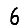
Digit: 6